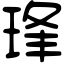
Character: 琒